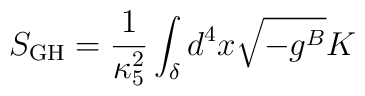
S_{\rm GH}=\frac{1}{\kappa_5^2}\int_{\delta} d^4x \sqrt{-g^B}K